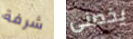
شرفة يخصنى